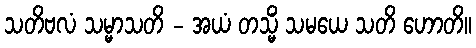
သတိဗလံ သမ္မာသတိ - အယံ တသ္မိံ သမယေ သတိ ဟောတိ။